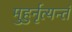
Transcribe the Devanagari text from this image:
मुहुर्नृत्यन्तं